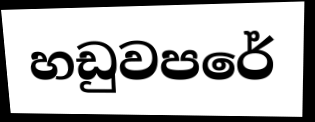
හඩුවපරේ